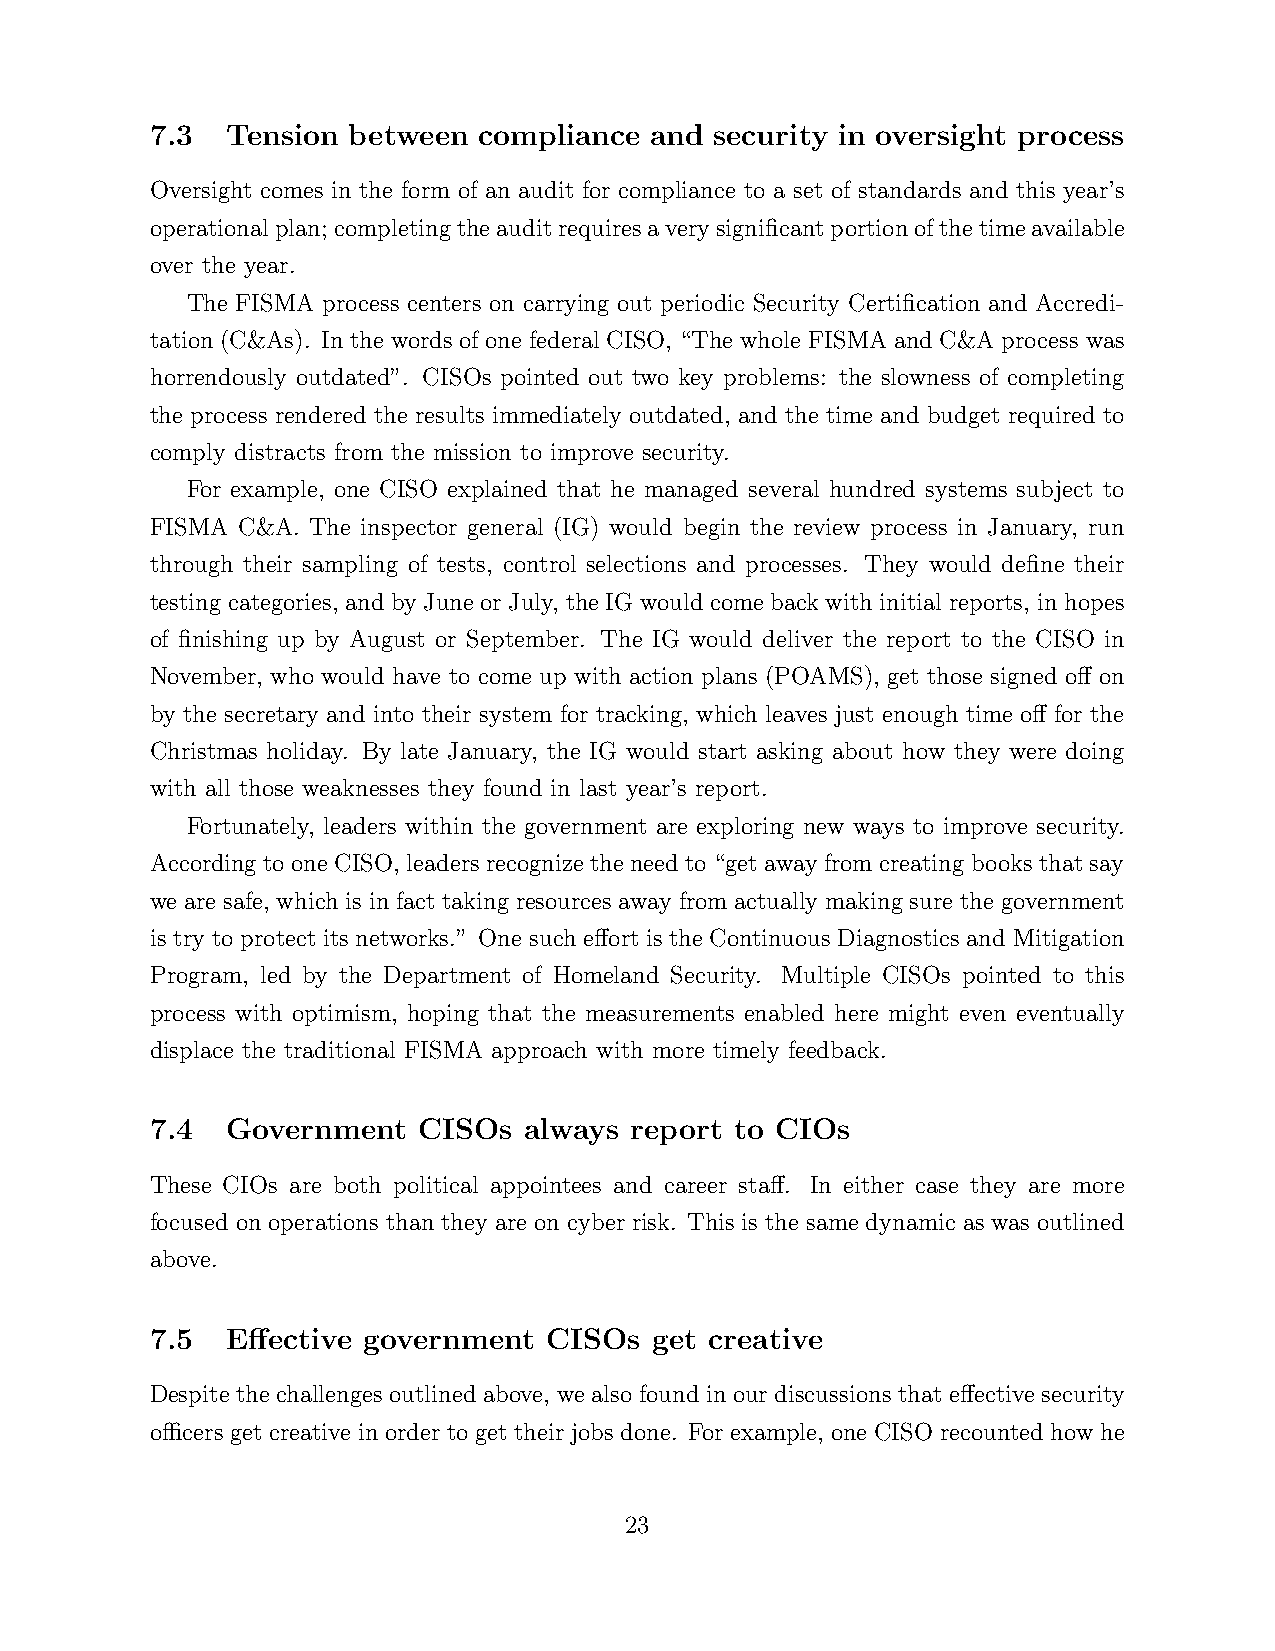
7.3  Tension between  compliance and security in oversight process
 Oversight comes in the form of an audit for compliance to a set of standards and this year’s
 operationalplan; completingtheauditrequiresaverysignificantportionofthetimeavailable
 over the year.
 The FISMA process centers on carrying out periodic Security Certification and Accredi-
 tation (C&As). In the words of one federal CISO, “The whole FISMA and C&A process was
 horrendously outdated”. CISOs pointed out two key problems: the slowness of completing
 the process rendered the results immediately outdated, and the time and budget required to
 comply distracts from the mission to improve security.
 For example, one CISO explained that he managed several hundred systems subject to
 FISMA C&A. The inspector general (IG) would begin the review process in January, run
 through their sampling of tests, control selections and processes. They would define their
 testing categories, and by June or July, the IG would come back with initial reports, in hopes
 of finishing up by August or September. The IG would deliver the report to the CISO in
 November, who would have to come up with action plans (POAMS), get those signed off on
 by the secretary and into their system for tracking, which leaves just enough time off for the
 Christmas holiday. By late January, the IG would start asking about how they were doing
 with all those weaknesses they found in last year’s report.
 Fortunately, leaders within the government are exploring new ways to improve security.
 According to one CISO, leaders recognize the need to “get away from creating books that say
 we are safe, which is in fact taking resources away from actually making sure the government
 is try to protect its networks.” One such effort is the Continuous Diagnostics and Mitigation
 Program, led by the Department of Homeland Security. Multiple CISOs pointed to this
 process with optimism, hoping that the measurements enabled here might even eventually
 displace the traditional FISMA approach with more timely feedback.
 7.4  Government   CISOs  always report to CIOs
 These CIOs are both political appointees and career staff. In either case they are more
 focused on operations than they are on cyber risk. This is the same dynamic as was outlined
 above.
 7.5  Effective government CISOs  get creative
 Despite the challenges outlined above, we also found in our discussions that effective security
 officers get creative in order to get their jobs done. For example, one CISO recounted how he
 23